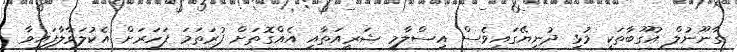
ގާނޫނުލް އުގޫބާތަކީ މުޅި ދުނިޔޭގައިވެސް އިސްލާމީ ޝަރީއަތާއި އެއްގޮތަށް ފުރަތަމަ ފަހަރަށް އެކުލަވާލާފައިވާ